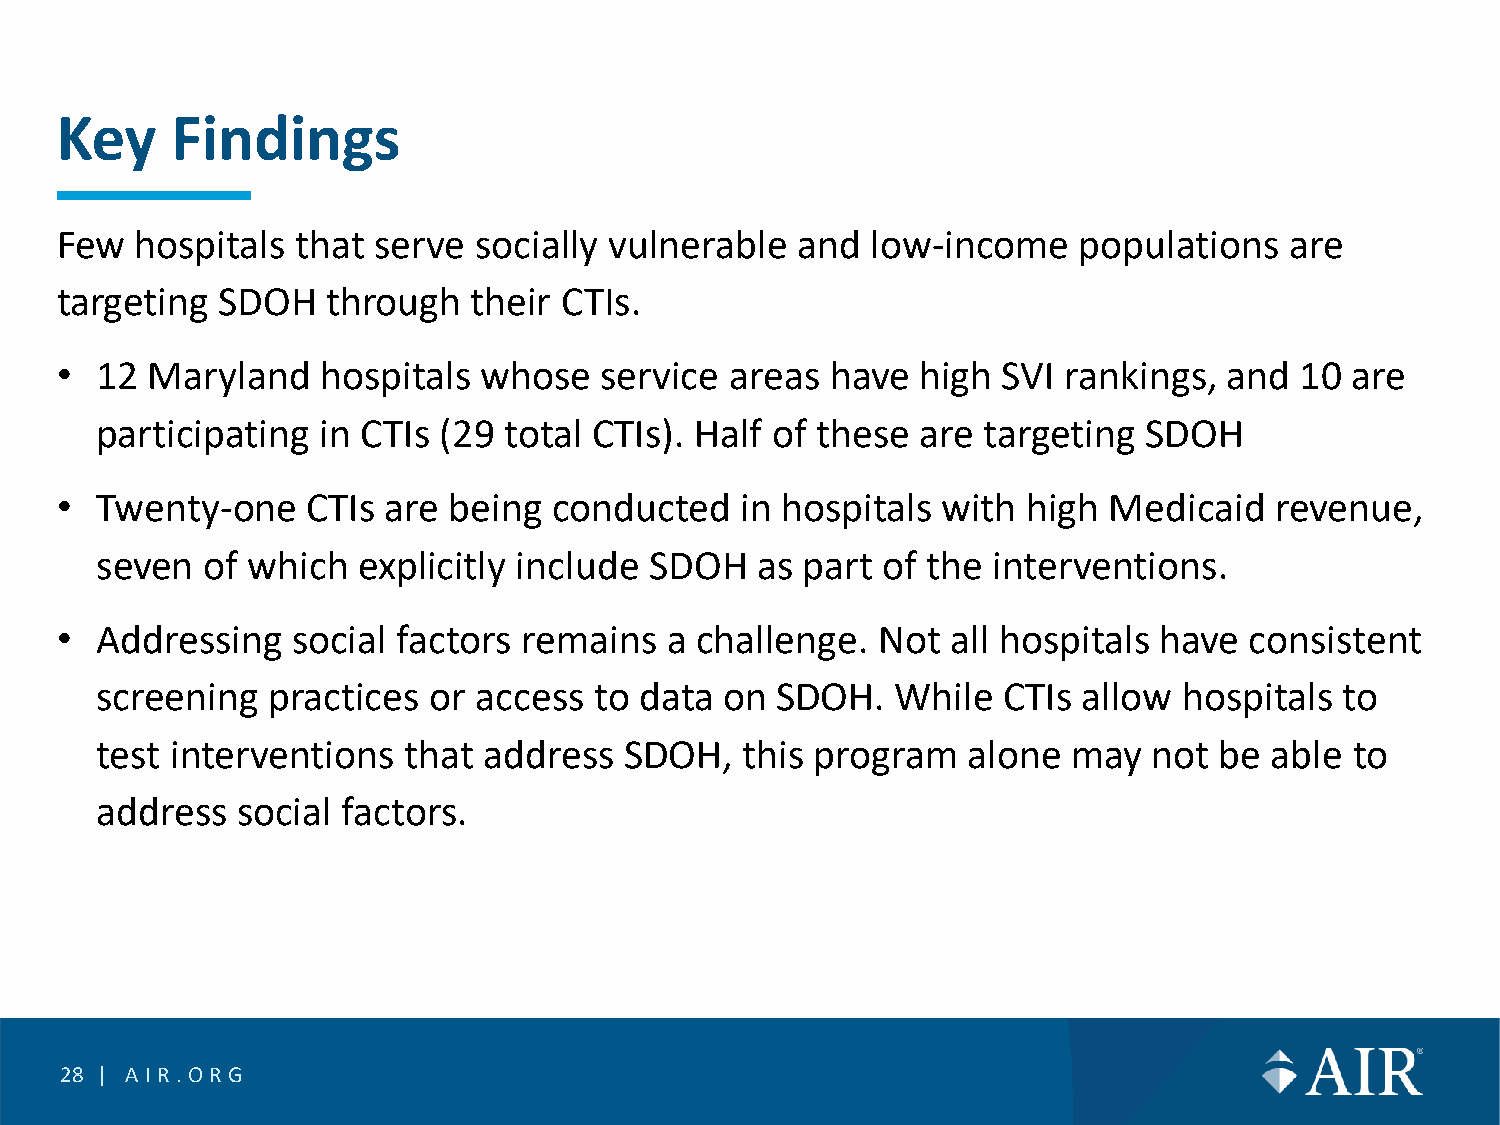
Key    Findings
 Few  hospitals  that serve socially vulnerable   and  low-income   populations   are
 targeting SDOH    through  their CTIs.
 • 12  Maryland   hospitals  whose   service areas  have  high SVI rankings,  and  10 are
 participating  in CTIs (29 total CTIs). Half of these  are targeting  SDOH
 • Twenty-one    CTIs are  being  conducted   in hospitals with  high Medicaid   revenue,
 seven   of which  explicitly include SDOH   as part of the  interventions.
 • Addressing   social factors  remains  a challenge.  Not  all hospitals have  consistent
 screening   practices or access  to data  on SDOH.   While  CTIs  allow hospitals  to
 test interventions   that address  SDOH,   this program   alone  may  not  be able  to
 address   social factors.
 28 | AIR.O RG